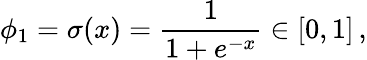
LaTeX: \phi_{1}=\sigma(x)=\frac{1}{1+e^{-x}}\in[0,1]\, ,